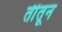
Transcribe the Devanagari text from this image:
तींतून